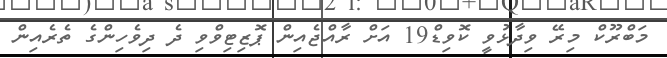
މަބްރޫކް މިރޭ ވިދާޅުވީ ކޮވިޑް19 އަށް ރާއްޖެއިން ޕޮޒިޓިވްވި ދެ ދިވެހިންގެ ތެރެއިން